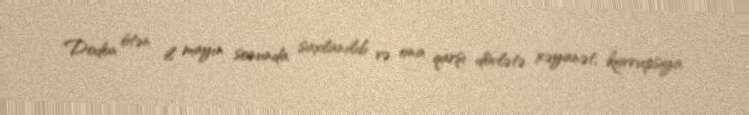
Dodon ötən il mayın sonunda saxlanılıb və ona qarşı dövlətə xəyanət, korrupsiya